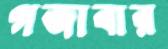
গজাবার